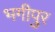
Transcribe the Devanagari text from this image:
भगीपुर